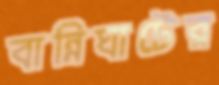
বান্নিঘাটের